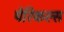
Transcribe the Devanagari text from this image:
पेरिकल्स